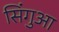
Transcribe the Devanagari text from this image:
सिंगुआ